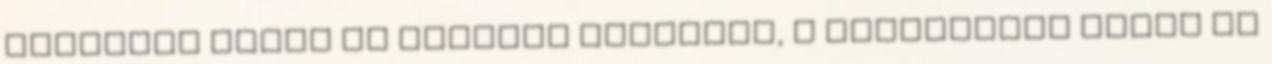
hősiesen védte az európai kultúrát, a keresztény hitet és